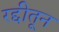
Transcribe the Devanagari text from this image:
रद्दीतून